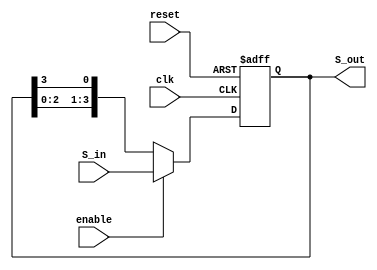
module free_reg
#(parameter N = 4)
(
    input wire reset,clk,enable,
    input wire[N-1:0] S_in,
    output reg[N-1:0] S_out

);
reg[3:0]r_reg,r_next;
localparam n =N-1;
always @(posedge clk,posedge reset) 
begin
if(reset)
r_reg<=0;
else
r_reg=r_next;   
end
always@*
begin
    if(enable)
    r_next=S_in;
    else
    r_next={r_reg[n-1:0],r_reg[n]};
end
always@*
S_out=r_reg;
    
endmodule